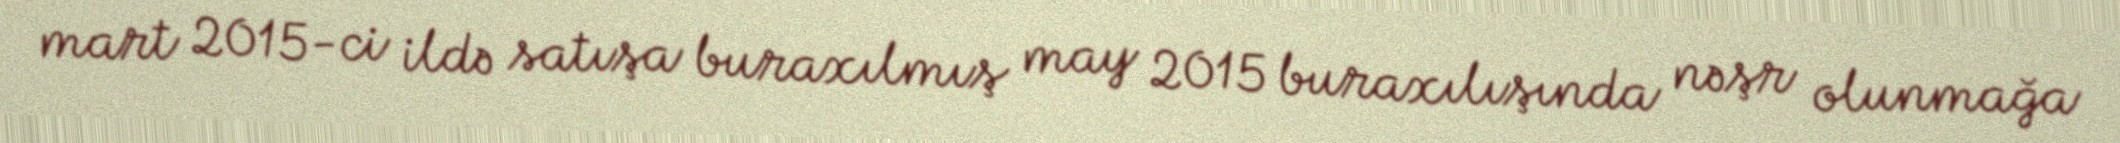
mart 2015-ci ildə satışa buraxılmış may 2015 buraxılışında nəşr olunmağa